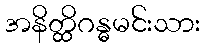
အနိတ္ထိဂန္ဓမင်းသား